Report on vaccination in Madras 1904-1921 - 1904-1921
Year: 1904
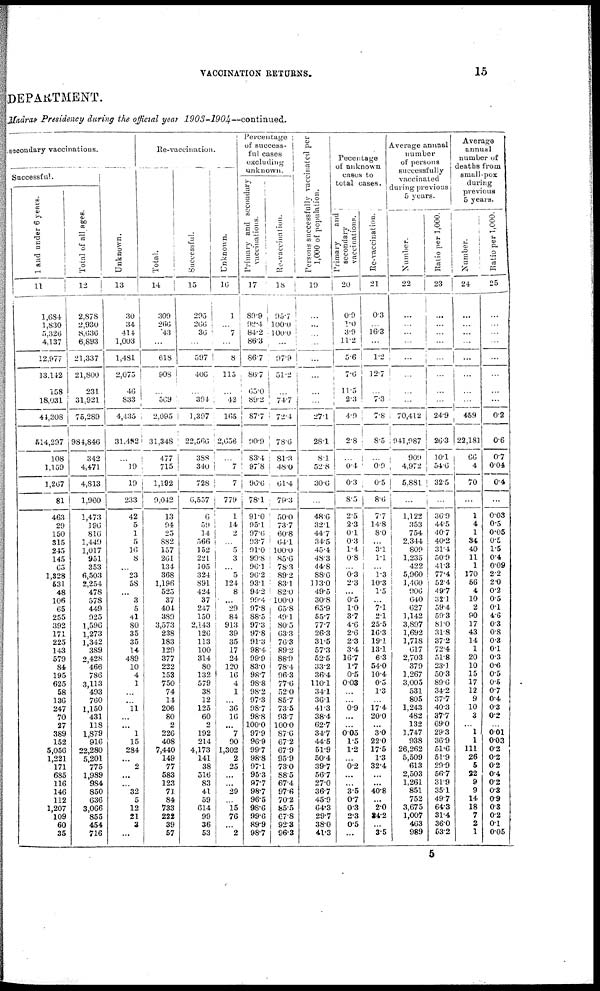
VACCINATION RETURNS.
15
DEPARTMENT.
Madras Presidency during the official year
1903-1904—continued.
secondary vaccinations.
Successful.
1 and under 6 years.
11
1,684
1,830
5,326
4,137
12,977
13,112
158
18,031
44,308
514,297
108
1,159
1,267
81
463
29
150
315
245
145
65
1,328
531
48
106
65
255
392
171
225
143
579
84
195
625
58
136
247
70
27
389
152
5,056
1,221
171
685
116
146
112
1,207
109
60
35
Tolal of all ages.
12
2,878
2,930
8,636
6,893
21,337
21,809
231
31,921
75,289
981,846
342
4,471
4,813
1,960
1,473
196
816
1,449
1,017
951
353
6,503
2,254
478
578
449
925
1,596
1,273
1,342
389
2,428
466
786
3,113
493
760
1,150
431
118
1,879
916
22,280
5,201
775
1,989
984
850
636
3,066
855
454
716
Unknown.
13
30
34
414
1,003
1,481
2,075
40
833
4,435
31,482
...
19
19
233
42
5
1
5
16
8
...
23
58
...
3
5
41
80
35
35
14
489
10
4
1
...
...
11
...
...
1
15
284
... 2
...
...
32
5
12
21
3
...
Re-vaccination.
Total.
14
309
266
43
...
618
908
... 569
2,095
31,348
477
715
1,192
9,042
13
94
25
882
157
261
134
368
1,196
525
37
404
389
3,573
238
183
129
377
222
153
750
74
14
206
80
2
226
408
7,440
149
77
583
123
71
84
733
222
39
57
Successful.
15
295
266
36
...
597
406
...
394
1,397
22,566
388
340
728
6,557
6
59
14
566
152
221
105
324
891
424
37
247
150
2,143
120
113
100
314
80
132
579
38
12
125
60
2
192
214
4,173
141
38
516
83
41
59
614
99
36
53
Unknown.
16
1
...
7
...
8
115
...
42
165
2,656
...
7
7
779
1
14
2
...
5
3
...
5
124
8
...
29
84
913
39
35
17
24
120
16
4
1
...
36
16
...
7
90
1,302
2
25
...
...
29
...
15
76
...
2
Percentage
of success-
ful cases
excluding
unknown.
Primary and secondary
vaccinations.
17
89.9
92.4
84.2
86.3
86.7
86.7
65.0
89.2
87.7
90.9
83.4
97.8
96.0
78.1
91.0
95.1
97.6
93.7
91.0
99.8
96.1
96.2
93.1
94.2
99.4
97.8
88.5
97.3
97.8
91.3
98.4
99.9
83.0
98.7
98.8
98.2
97.3
98.7
98.8
100.0
97.9
96.9
99.7
98.8
97.1
95.3
97.7
98.7
96.5
98.6
99.6
89.9
98.7
Re-vaccination.
18
95.7
100.0
100.0
...
97.9
51.2
...
74.7
72.4
78.0
81.3
48.0
61.4
79.3
50.0
73.7
60.8
64.1
100.0
85.6
78.3
89.2
83.1
82.0
100.0
65.8
49.1
80.5
63.3
70.3
89.2
88.9
78.4
96.3
77.6
52.0
85.7
73.5
93.7
100.0
87.6
67.2
67.9
95.9
73.0
88.5
67.4
97.6
70.2
85.5
67.8
92.3
96.3
Persons successfully vaccinated per
1,000 of population.
19
...
...
...
...
...
...
...
27.1
28.1
8.1
52.8
30.0
...
48.6
32.1
44.7
34.5
45.4
48.3
44.8
88.6
113.0
49.5
30.8
65.9
55.7
77.7
26.3
31.5
57.3
52.5
33.2
36.4
110.1
34.1
36.1
41.3
38.4
62.7
34.7
44.5
51.9
50.4
39.7
56.7
27.0
36.7
45.9
64.3
29.7
38.0
41.3
Pecentage
of unknown.
cases to
total cases.
Primary
and
secondary
vaccinations.
20
0.9
1.0
3.9
11.2
5.6
...
11.5
2.3
4.9
2.8
...
0.4
0.3
8.5
2.5
2.3
0.1
0.3
1.4
0.8
...
0.3
2.3
...
0.5
1.0
3.7
4.6
2.6
2.3
3.4
16.7
1.7
0.5
0.03
...
...
0.9
...
...
0.05
1.5
1.2
...
0.2
...
...
3.5
0.7
0.3
2.3
0.5
...
Re-vaccination.
21
0.3
...
16.3
...
1.2
12.7
...
7.3
7.8
8.5
...
0.9
0.5
8.6
7.7
14.8
8.0
... 3.1
1.1
... 1.3
10.3
1.5
...
7.1
2.1
25.5
16.3
19.1
13.1
6.3
54.0
10.4
0.5
1.3
...
17.4
20.0
... 3.0
22.0
17.5
1.3
32.4
...
...
40.8
... 2.0
34.2
... 3.5
Average annual
number
of persons
successfully
vaccinated
during previous
5 years.
Number.
22
...
...
...
...
...
...
...
...
70,412
941,987
909
4,972
5,881
...
1,122
353
754
2,344
809
1,235
422
5,960
1,460
906
640
627
1,142
3,897
1,692
1,718
617
2,703
379
1,267
3,005
531
805
1,243
482
132
1,747
938
26,262
5,509
613
2,503
1,261
851
752
3,675
1,007
463
989
Ratio per 1,000.
23
...
...
... ...
...
...
...
...
24.9
26.3
10.1
54.6
32.5
...
30.9
44.5
40.7
40.2
31.4
50.9
41.3
77.4
52.4
49.7
32.1
59.4
59.3
81.0
31.8
37.2
72.4
51.8
23.1
50.3
89.6
34.2
37.7
40.3
37.7
69.0
29.3
36.9
51.6
51.9
29.9
56.7
31.9
35.1
49.7
64.3
31.4
36.0
53.2
Average
annual
number of
deaths from
small-pox
during
previous
5 years.
Number.
24
...
...
...
...
...
...
...
...
459
22,181
66
4
70
...
1
4
1
34
40
11
1
170
56
4
10
2
90
17
43
14
1
20
10
15
17
12
9
10
3
... 1
1
111
26
5
22
9
9
14
18
7
2
1
Ratio per 1,000.
25
...
...
...
...
...
...
...
...
0.2
0.6
0.7
0.04
0.4
...
0.03
0.5
0.05
0.5
1.5
0.4
0.09
2.2
2.0
0.2
0.5
0.1
4.6
0.3
0.8
0.3
0.1
0.3
0.6
0.5
0.5
0.7
0.4
0.3
0.2
...
0.01
0.03
0.2
0.2
0.2
0.4
0.2
0.3
0.9
0.3
0.2
0.1
0.05
5